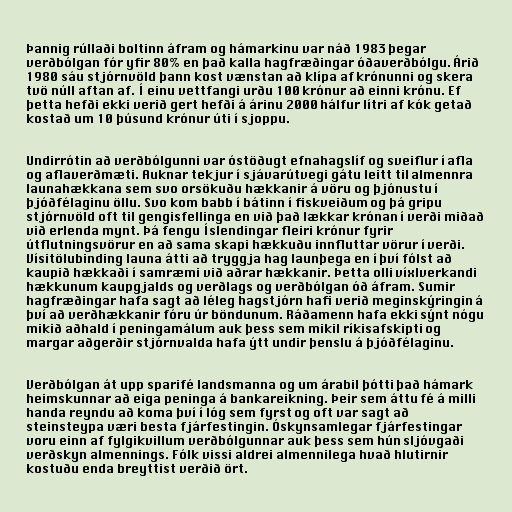
Þannig rúllaði boltinn áfram og hámarkinu var náð 1983 þegar
verðbólgan fór yfir 80% en það kalla hagfræðingar óðaverðbólgu. Árið
1980 sáu stjórnvöld þann kost vænstan að klípa af krónunni og skera
tvö núll aftan af. Í einu vettfangi urðu 100 krónur að einni krónu. Ef
þetta hefði ekki verið gert hefði á árinu 2000 hálfur lítri af kók getað
kostað um 10 þúsund krónur úti í sjoppu.

Undirrótin að verðbólgunni var óstöðugt efnahagslíf og sveiflur í afla
og aflaverðmæti. Auknar tekjur í sjávarútvegi gátu leitt til almennra
launahækkana sem svo orsökuðu hækkanir á vöru og þjónustu í
þjóðfélaginu öllu. Svo kom babb í bátinn í fiskveiðum og þá gripu
stjórnvöld oft til gengisfellinga en við það lækkar krónan í verði miðað
við erlenda mynt. Þá fengu Íslendingar fleiri krónur fyrir
útflutningsvörur en að sama skapi hækkuðu innfluttar vörur í verði.
Vísitölubinding launa átti að tryggja hag launþega en í því fólst að
kaupið hækkaði í samræmi við aðrar hækkanir. Þetta olli víxlverkandi
hækkunum kaupgjalds og verðlags og verðbólgan óð áfram. Sumir
hagfræðingar hafa sagt að léleg hagstjórn hafi verið meginskýringin á
því að verðhækkanir fóru úr böndunum. Ráðamenn hafa ekki sýnt nógu
mikið aðhald í peningamálum auk þess sem mikil ríkisafskipti og
margar aðgerðir stjórnvalda hafa ýtt undir þenslu á þjóðfélaginu.

Verðbólgan át upp sparifé landsmanna og um árabil þótti það hámark
heimskunnar að eiga peninga á bankareikning. Þeir sem áttu fé á milli
handa reyndu að koma því í lóg sem fyrst og oft var sagt að
steinsteypa væri besta fjárfestingin. Óskynsamlegar fjárfestingar
voru einn af fylgikvillum verðbólgunnar auk þess sem hún sljóvgaði
verðskyn almennings. Fólk vissi aldrei almennilega hvað hlutirnir
kostuðu enda breyttist verðið ört.